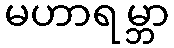
မဟာရမ္ဘာ